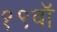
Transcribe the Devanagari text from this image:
१९वॉ